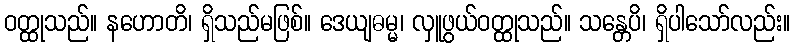
ဝတ္ထုသည်။ နဟောတိ၊ ရှိသည်မဖြစ်။ ဒေယျဓမ္မ၊ လှူဖွယ်ဝတ္ထုသည်။ သန္တေပိ၊ ရှိပါသော်လည်း။